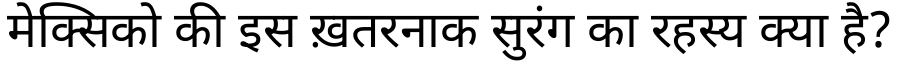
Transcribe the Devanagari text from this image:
मेक्सिको की इस ख़तरनाक सुरंग का रहस्य क्या है?